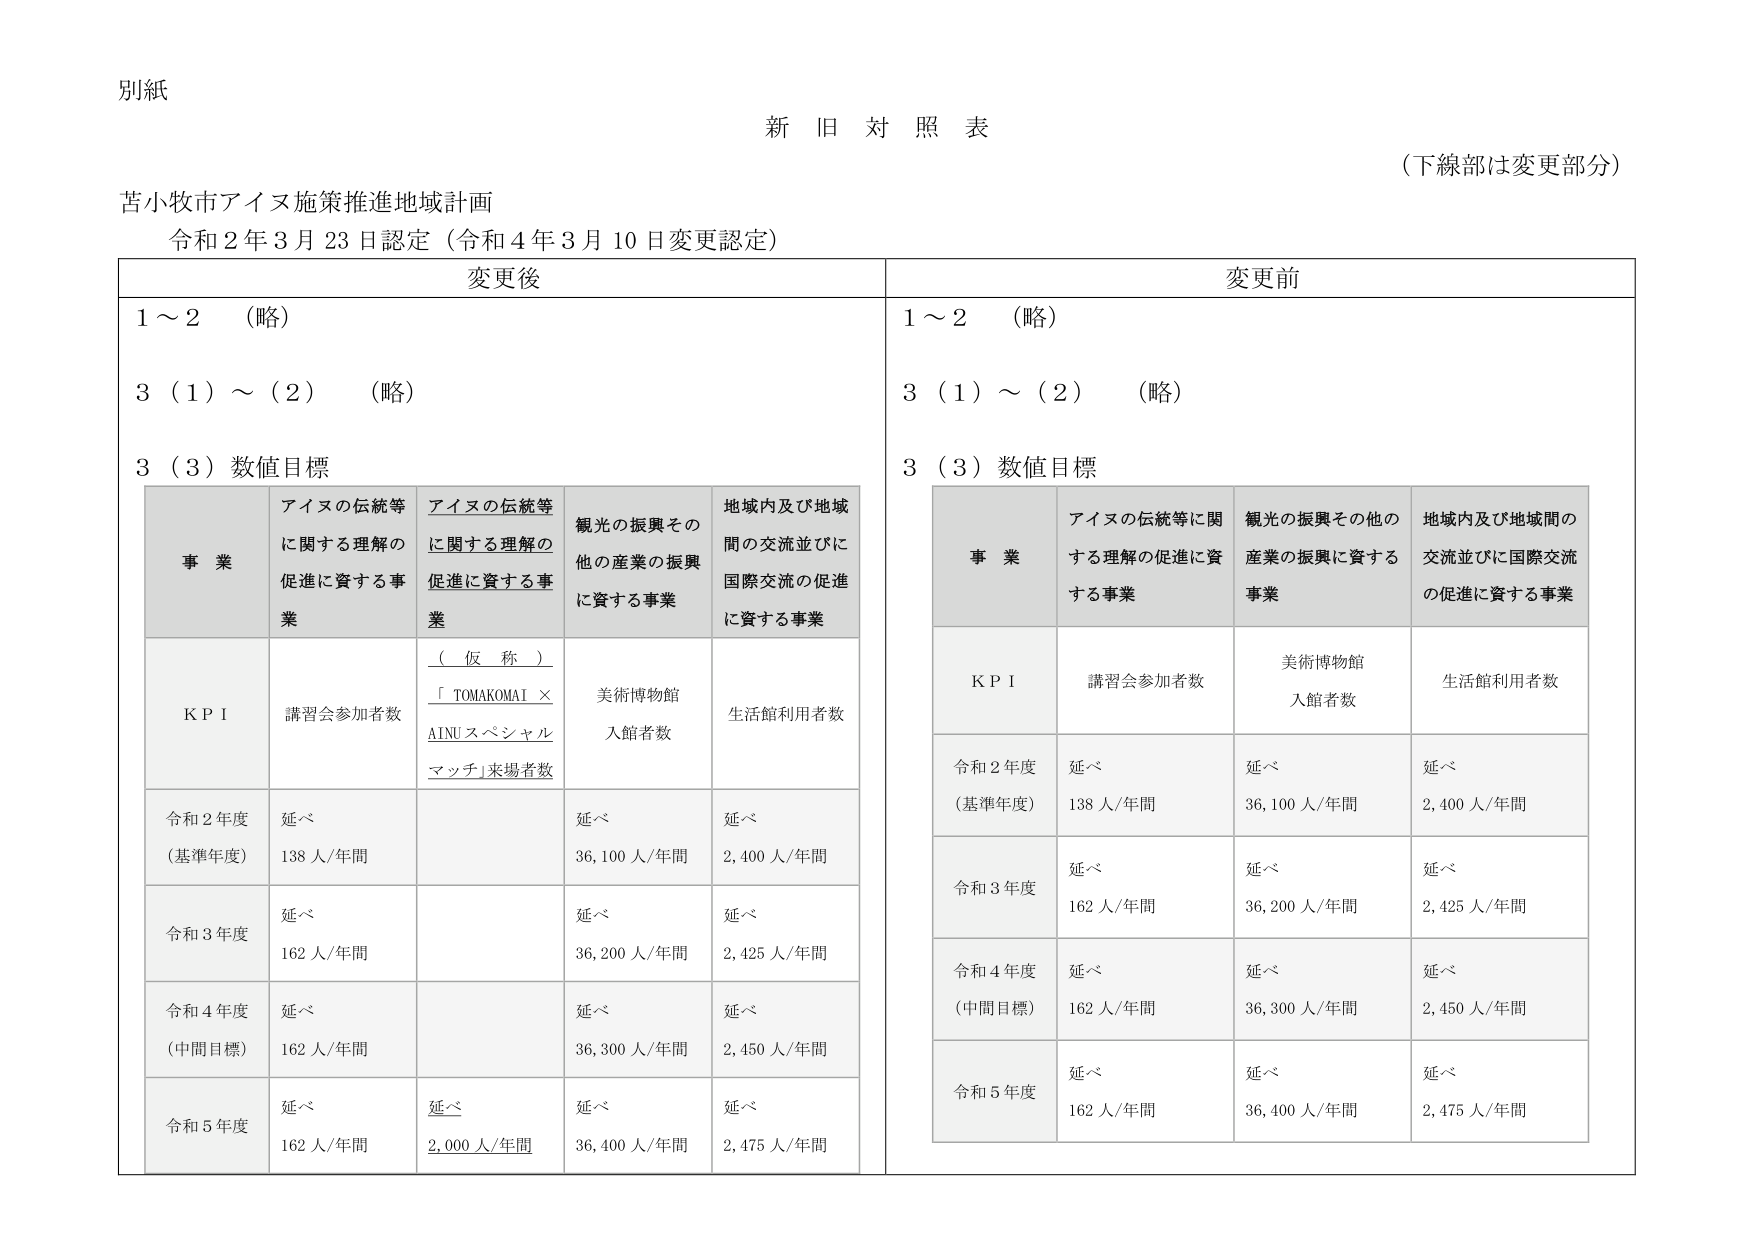
別紙

新旧対照表
（下線部は変更部分）

苫小牧市アイヌ施策推進地域計画
令和２年３月23日認定（令和４年３月10日変更認定）

変更後

1～2 （略）

3（1）～（2） （略）

3（3）数値目標

事 業
アイヌの伝統等に関する理解の促進に資する事業
アイヌの伝統等に関する理解の促進に資する事業
観光の振興その他の産業の振興に資する事業
地域内及び地域間の交流並びに国際交流の促進に資する事業

KPI
講習会参加者数
（仮称）「TOMAKOMAI × AINUスペシャルマッチ」来場者数
美術博物館入館者数
生活館利用者数

令和2年度（基準年度）
延べ
138人/年間
延べ
36,100人/年間
延べ
2,400人/年間

令和3年度
延べ
162人/年間
延べ
36,200人/年間
延べ
2,425人/年間

令和4年度（中間目標）
延べ
162人/年間
延べ
36,300人/年間
延べ
2,450人/年間

令和5年度
延べ
162人/年間
延べ
2,000人/年間
延べ
36,400人/年間
延べ
2,475人/年間

変更前

1～2 （略）

3（1）～（2） （略）

3（3）数値目標

事 業
アイヌの伝統等に関する理解の促進に資する事業
観光の振興その他の産業の振興に資する事業
地域内及び地域間の交流並びに国際交流の促進に資する事業

KPI
講習会参加者数
美術博物館入館者数
生活館利用者数

令和2年度（基準年度）
延べ
138人/年間
延べ
36,100人/年間
延べ
2,400人/年間

令和3年度
延べ
162人/年間
延べ
36,200人/年間
延べ
2,425人/年間

令和4年度（中間目標）
延べ
162人/年間
延べ
36,300人/年間
延べ
2,450人/年間

令和5年度
延べ
162人/年間
延べ
36,400人/年間
延べ
2,475人/年間